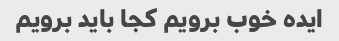
ایده خوب برویم کجا باید برویم